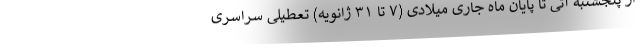
از پنجشنبه آتی تا پایان ماه جاری میلادی (۷ تا ۳۱ ژانویه) تعطیلی سراسری